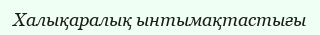
Халықаралық ынтымақтастығы